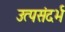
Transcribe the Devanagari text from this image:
उत्पसंदर्भ